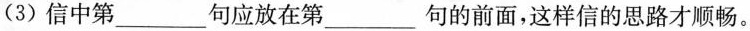
(3)信中第___句应放在第___句的前面，这样信的思路才顺畅。